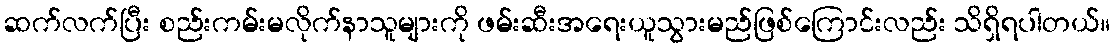
ဆက်လက်ပြီး စည်းကမ်းမလိုက်နာသူများကို ဖမ်းဆီးအရေးယူသွားမည်ဖြစ်ကြောင်းလည်း သိရှိရပါတယ်။